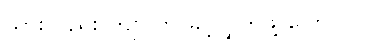
သားလည်း ကျုပ်ကို ခွင့်လွှတ်ဖို့ ပြောပြပါ။